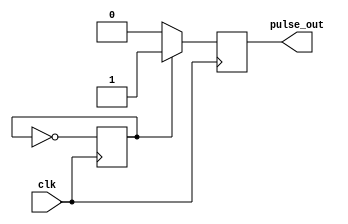
module FallingEdgePulseGenerator (
    input wire clk,  // clock signal
    output reg pulse_out  // output falling edge pulse
);

reg sync_signal;

always @(posedge clk) begin
    sync_signal <= ~sync_signal;  // generate a pulse on the falling edge of the clock
end

always @(posedge clk) begin
    if (sync_signal) begin
        pulse_out <= 1;  // output the generated pulse
    end else begin
        pulse_out <= 0;
    end
end

endmodule